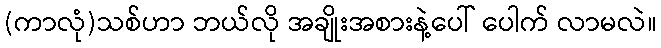
(ကာလုံ)သစ်ဟာ ဘယ်လို အချိုးအစားနဲ့ပေါ် ပေါက် လာမလဲ။